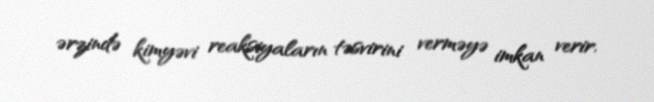
ərzində kimyəvi reaksiyaların təsvirini verməyə imkan verir.